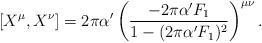
LaTeX: \begin{align*}\left[ X^\mu, X^\nu \right] = 2\pi \alpha' \left( \frac{ -2\pi \alpha' F_1}{1-(2\pi\alpha' F_1)^2} \right)^{\mu\nu}.\end{align*}